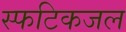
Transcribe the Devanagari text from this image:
स्फटिकजल